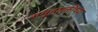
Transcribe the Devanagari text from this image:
समूहशक्तीच्या